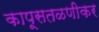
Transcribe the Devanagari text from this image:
कापूसतळणीकर